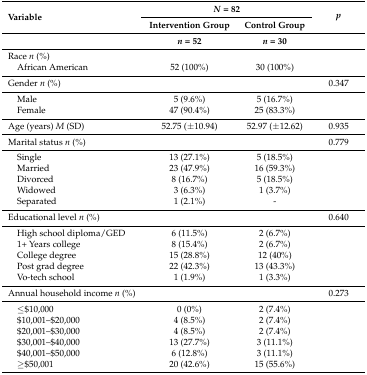
<table><thead><tr><td rowspan="3"><b>Variable</b></td><td colspan="2"><b><i>N</i> = 82</b></td><td rowspan="3"><b><i>p</i></b></td></tr><tr><td><b>Intervention Group</b></td><td><b>Control Group</b></td></tr><tr><td><b><i>n</i> = 52</b></td><td><b><i>n</i> = 30</b></td></tr></thead><tbody><tr><td>Race <i>n</i> (%)</td><td></td><td></td><td></td></tr><tr><td> African American</td><td>52 (100%)</td><td>30 (100%)</td><td></td></tr><tr><td>Gender <i>n</i> (%)</td><td></td><td></td><td>0.347</td></tr><tr><td> Male</td><td>5 (9.6%)</td><td>5 (16.7%)</td><td></td></tr><tr><td> Female</td><td>47 (90.4%)</td><td>25 (83.3%)</td><td></td></tr><tr><td>Age (years) <i>M</i> (SD)</td><td>52.75 (±10.94)</td><td>52.97 (±12.62)</td><td>0.935</td></tr><tr><td>Marital status <i>n</i> (%)</td><td></td><td></td><td>0.779</td></tr><tr><td> Single</td><td>13 (27.1%)</td><td>5 (18.5%)</td><td></td></tr><tr><td> Married</td><td>23 (47.9%)</td><td>16 (59.3%)</td><td></td></tr><tr><td> Divorced</td><td>8 (16.7%)</td><td>5 (18.5%)</td><td></td></tr><tr><td> Widowed</td><td>3 (6.3%)</td><td>1 (3.7%)</td><td></td></tr><tr><td> Separated</td><td>1 (2.1%)</td><td>-</td><td></td></tr><tr><td>Educational level <i>n</i> (%)</td><td></td><td></td><td>0.640</td></tr><tr><td> High school diploma/GED</td><td>6 (11.5%)</td><td>2 (6.7%)</td><td></td></tr><tr><td> 1+ Years college</td><td>8 (15.4%)</td><td>2 (6.7%)</td><td></td></tr><tr><td> College degree</td><td>15 (28.8%)</td><td>12 (40%)</td><td></td></tr><tr><td> Post grad degree</td><td>22 (42.3%)</td><td>13 (43.3%)</td><td></td></tr><tr><td> Vo-tech school</td><td>1 (1.9%)</td><td>1 (3.3%)</td><td></td></tr><tr><td>Annual household income <i>n</i> (%)</td><td></td><td></td><td>0.273</td></tr><tr><td> ≤$10,000</td><td>0 (0%)</td><td>2 (7.4%)</td><td></td></tr><tr><td> $10,001–$20,000</td><td>4 (8.5%)</td><td>2 (7.4%)</td><td></td></tr><tr><td> $20,001–$30,000</td><td>4 (8.5%)</td><td>2 (7.4%)</td><td></td></tr><tr><td> $30,001–$40,000</td><td>13 (27.7%)</td><td>3 (11.1%)</td><td></td></tr><tr><td> $40,001–$50,000</td><td>6 (12.8%)</td><td>3 (11.1%)</td><td></td></tr><tr><td> ≥$50,001</td><td>20 (42.6%)</td><td>15 (55.6%)</td><td></td></tr></tbody></table>